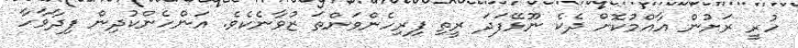
ހުރީ ރަށުން އާއްމުކޮށް ދެކެ ނޫޅޭފަދަ ރީތި ފިރިހެންވަންތަ ޒުވާނެކެވެ. އަންހެންކުދިން ފިދާވާހާ